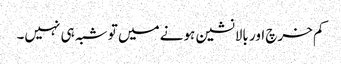
کم خرچ اور بالانشین ہونے میں تو شبہ ہی نہیں۔